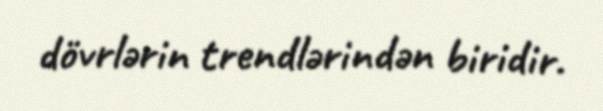
dövrlərin trendlərindən biridir.